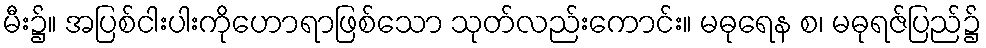
မီး၌။ အပြစ်ငါးပါးကိုဟောရာဖြစ်သော သုတ်လည်းကောင်း။ မဓုရေန စ၊ မဓုရဇ်ပြည်၌